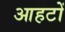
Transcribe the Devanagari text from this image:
आहटों